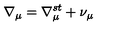
\nabla _ { \mu } = \nabla _ { \mu } ^ { s t } + \nu _ { \mu }